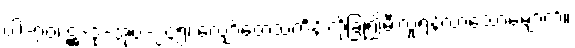
ပါ-၇၀၊ ဋ္ဌ-ဒု-အုပ်-၂၄၅၊ လျှော်တေသင်္ကန်းကိုခြုံ၍မီးလှုံရန်လာသောမျောက်။